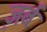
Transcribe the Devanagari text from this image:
ज़र्ब